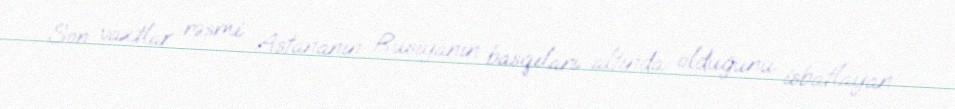
Son vaxtlar rəsmi Astananın Rusiyanın basqıları altında olduğunu isbatlayan